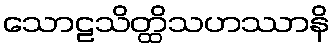
သောဠသိတ္ထိသဟဿာနိ